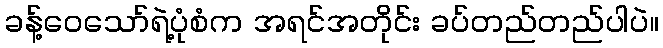
ခန့်ဝေသော်ရဲ့ပုံစံက အရင်အတိုင်း ခပ်တည်တည်ပါပဲ။